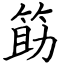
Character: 筯